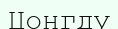
Цонгду